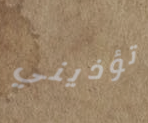
تؤذيني